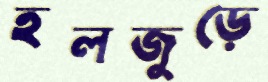
হলজুড়ে